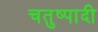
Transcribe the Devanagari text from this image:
चतुष्पादी